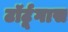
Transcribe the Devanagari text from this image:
टॉर्टूगास